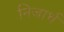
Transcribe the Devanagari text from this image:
निजार्थ